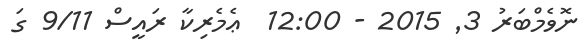
ނޮވެމްބަރު 3